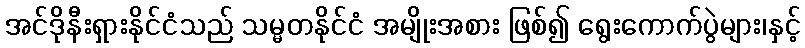
အင်ဒိုနီးရှားနိုင်ငံသည် သမ္မတနိုင်ငံ အမျိုးအစား ဖြစ်၍ ရွေးကောက်ပွဲများ၊နှင့်